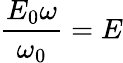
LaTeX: \frac{E_{0}\omega}{\omega_{0}}=E